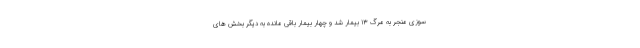
سوزی منجر به مرگ ۱۳ بیمار شد و چهار بیمار باقی مانده به دیگر بخش های